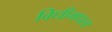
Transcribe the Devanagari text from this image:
विधीमधला